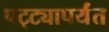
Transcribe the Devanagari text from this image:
पट्‍ट्यापर्यंत